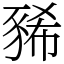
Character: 豨